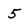
Character: 5